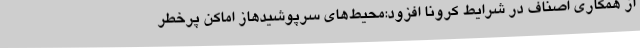
از همکاری اصناف در شرایط کرونا افزود:محیط‌های سرپوشیدهاز اماکن پرخطر